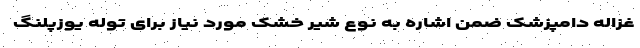
غزاله دامپزشک ضمن اشاره به نوع شیر خشک مورد نیاز برای توله یوزپلنگ